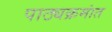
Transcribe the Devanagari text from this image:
पाठ्यक्रमांत